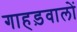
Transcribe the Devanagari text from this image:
गाहड़वालों